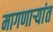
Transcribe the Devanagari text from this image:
मागणार्‍यांत